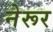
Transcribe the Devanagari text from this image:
नेरूर